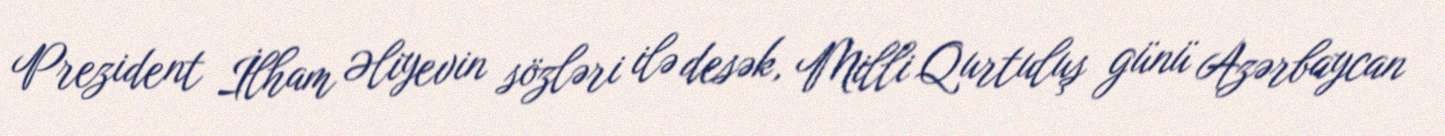
Prezident İlham Əliyevin sözləri ilə desək, Milli Qurtuluş günü Azərbaycan